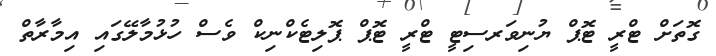
ގޮތަށް ޓްރީ ޓޮޕް ޔުނިވަރސިޓީ ޓްރީ ޓޮޕް ޕޮލިޓެކްނިކް ވެސް ހުޅުމާލޭގައި އިމާރާތް